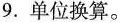
9.单位换算。